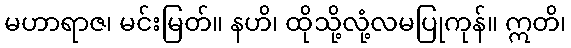
မဟာရာဇ၊ မင်းမြတ်။ နဟိ၊ ထိုသို့လုံ့လမပြုကုန်။ ဣတိ၊